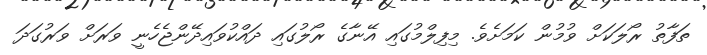
ތަފާތު ރޯލަކަށް ވުމުން ކަމަށެވެ. މިފިލްމުގައި އޭނާގެ ރޯލުގައި ދައްކުވައިދޭންޖެހެނީ ވަރަށް ވަރުގަދަ